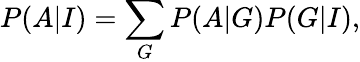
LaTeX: P(A|I)=\sum_{G}P(A|G)P(G|I),